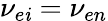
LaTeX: \nu_{e\mathit{i}}=\nu_{en}